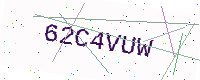
Text: 62C4VUW